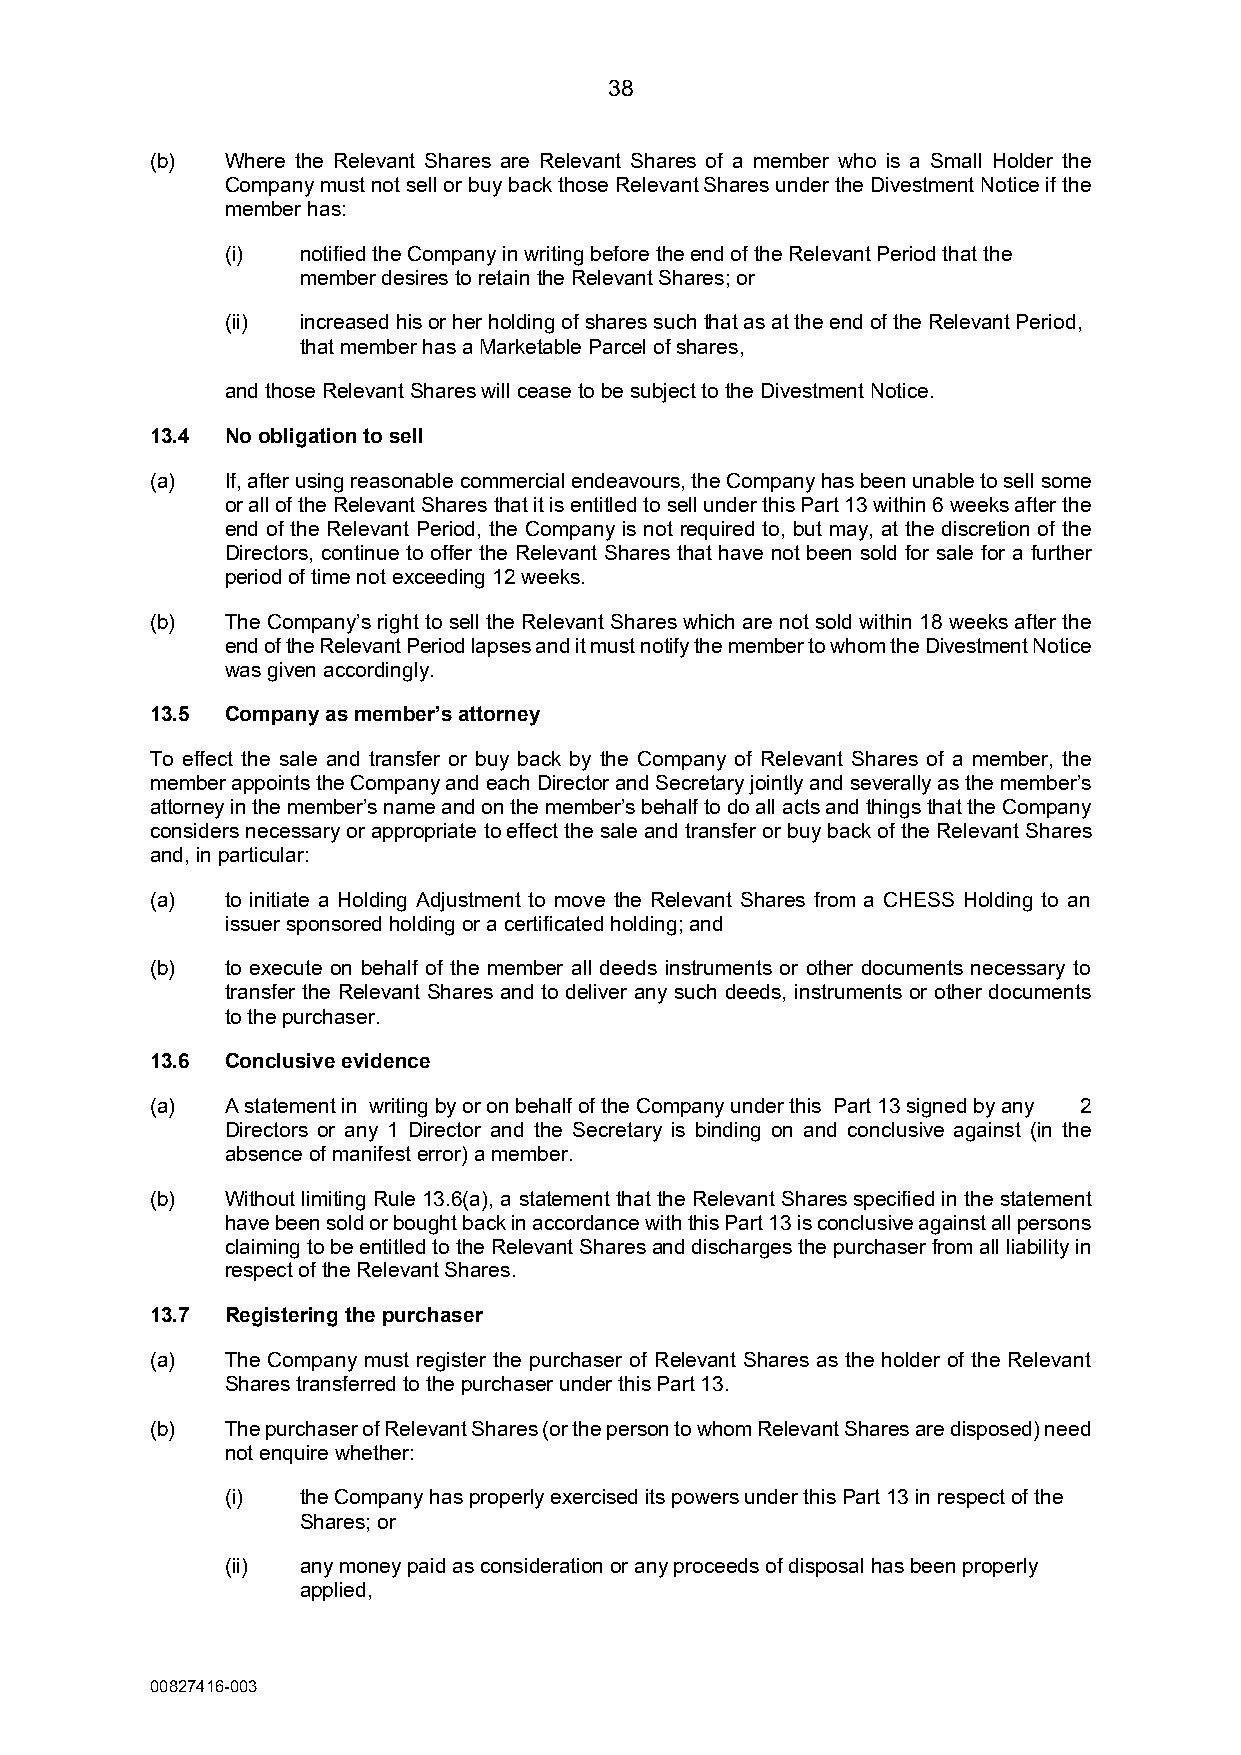
38
 (b)  Where the Relevant Shares are Relevant Shares of a member who is a Small Holder the
 Company must not sell or buy back those Relevant Shares under the Divestment Notice if the
 member has:
 (i)  notified the Company in writing before the end of the Relevant Period that the
 member desires to retain the Relevant Shares; or
 (ii) increased his or her holding of shares such that as at the end of the Relevant Period,
 that member has a Marketable Parcel of shares,
 and those Relevant Shares will cease to be subject to the Divestment Notice.
 13.4 No obligation to sell
 (a)  If, after using reasonable commercial endeavours, the Company has been unable to sell some
 or all of the Relevant Shares that it is entitled to sell under this Part 13 within 6 weeks after the
 end of the Relevant Period, the Company is not required to, but may, at the discretion of the
 Directors, continue to offer the Relevant Shares that have not been sold for sale for a further
 period of time not exceeding 12 weeks.
 (b)  The Company’s right to sell the Relevant Shares which are not sold within 18 weeks after the
 end of the Relevant Period lapses and it must notify the member to whom the Divestment Notice
 was given accordingly.
 13.5 Company as member’s attorney
 To effect the sale and transfer or buy back by the Company of Relevant Shares of a member, the
 member appoints the Company and each Director and Secretary jointly and severally as the member’s
 attorney in the member’s name and on the member’s behalf to do all acts and things that the Company
 considers necessary or appropriate to effect the sale and transfer or buy back of the Relevant Shares
 and, in particular:
 (a)  to initiate a Holding Adjustment to move the Relevant Shares from a CHESS Holding to an
 issuer sponsored holding or a certificated holding; and
 (b)  to execute on behalf of the member all deeds instruments or other documents necessary to
 transfer the Relevant Shares and to deliver any such deeds, instruments or other documents
 to the purchaser.
 13.6 Conclusive evidence
 (a)  A statement in writing by or on behalf of the Company under this Part 13 signed by any 2
 Directors or any 1 Director and the Secretary is binding on and conclusive against (in the
 absence of manifest error) a member.
 (b)  Without limiting Rule 13.6(a), a statement that the Relevant Shares specified in the statement
 have been sold or bought back in accordance with this Part 13 is conclusive against all persons
 claiming to be entitled to the Relevant Shares and discharges the purchaser from all liability in
 respect of the Relevant Shares.
 13.7 Registering the purchaser
 (a)  The Company must register the purchaser of Relevant Shares as the holder of the Relevant
 Shares transferred to the purchaser under this Part 13.
 (b)  The purchaser of Relevant Shares (or the person to whom Relevant Shares are disposed) need
 not enquire whether:
 (i)  the Company has properly exercised its powers under this Part 13 in respect of the
 Shares; or
 (ii) any money paid as consideration or any proceeds of disposal has been properly
 applied,
 00827416-003